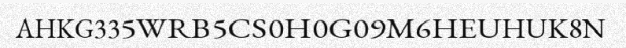
AHKG335WRB5CS0H0G09M6HEUHUK8N